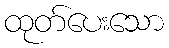
ထုတ်ပေးသော